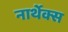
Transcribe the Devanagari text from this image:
नार्थेक्स